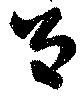
呂